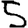
Digit: 5